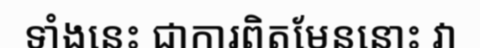
ទាំងនេះ ជាការពិតមែននោះ វា